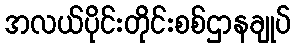
အလယ်ပိုင်းတိုင်းစစ်ဌာနချုပ်